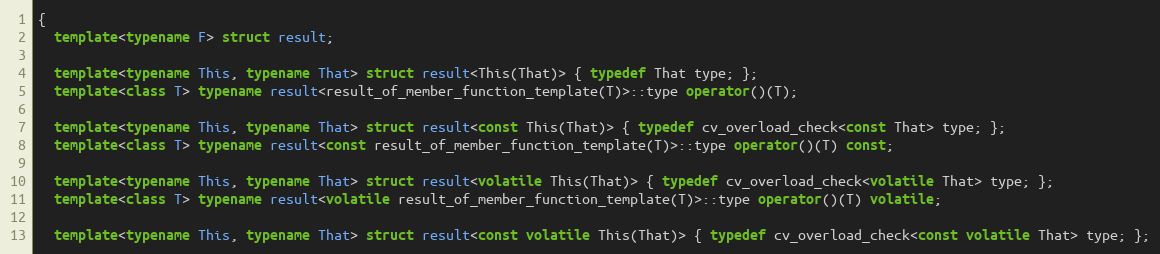
Language: C++
{
  template<typename F> struct result;

  template<typename This, typename That> struct result<This(That)> { typedef That type; };
  template<class T> typename result<result_of_member_function_template(T)>::type operator()(T);

  template<typename This, typename That> struct result<const This(That)> { typedef cv_overload_check<const That> type; };
  template<class T> typename result<const result_of_member_function_template(T)>::type operator()(T) const;

  template<typename This, typename That> struct result<volatile This(That)> { typedef cv_overload_check<volatile That> type; };
  template<class T> typename result<volatile result_of_member_function_template(T)>::type operator()(T) volatile;

  template<typename This, typename That> struct result<const volatile This(That)> { typedef cv_overload_check<const volatile That> type; };